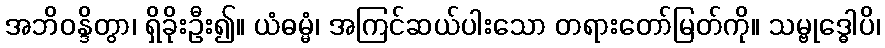
အဘိဝန္ဒိတွာ၊ ရှိခိုးဦး၍။ ယံဓမ္မံ၊ အကြင်ဆယ်ပါးသော တရားတော်မြတ်ကို။ သမ္ဗုဒ္ဓေါပိ၊